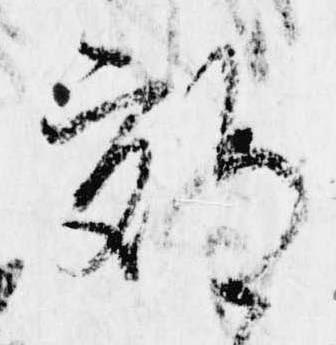
都